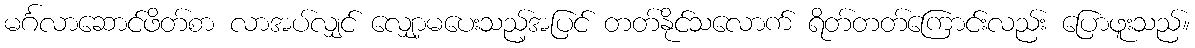
မင်္ဂလာဆောင်ဖိတ်စာ လာအပ်လျှင် လျှော့မပေးသည့်အပြင် တတ်နိုင်သလောက် ရိတ်တတ်ကြောင်းလည်း ပြောဖူးသည်။